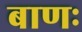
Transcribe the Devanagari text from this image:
बाणः